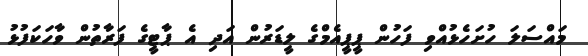
މައްސަލަ ހުށަހެޅުއްވި ފަހުން ޕީޕީއެމްގެ ލީޑަރުން އަދި އެ ޕާޓީގެ ފަރާތުން ވާހަކަފުޅު